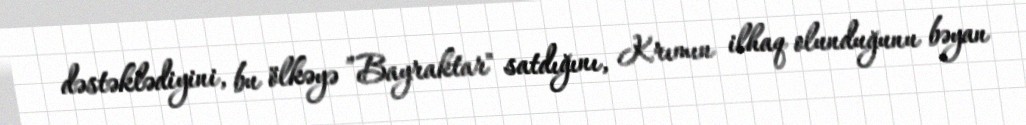
dəstəklədiyini, bu ölkəyə ”Bayraktar" satdığını, Krımın ilhaq olunduğunu bəyan